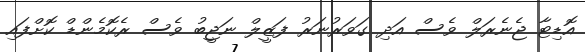
އޮޑިޓާ ޖެނެރަލް ވެސް އަދި ގަވަރުނަރު ފަޒީލް ނަޖީބު ވެސް ރެކޮމެންޑް ކޮށްފައި